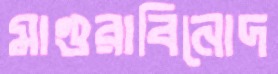
মাগুরাবিনোদ